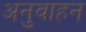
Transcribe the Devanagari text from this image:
अनुवाहन